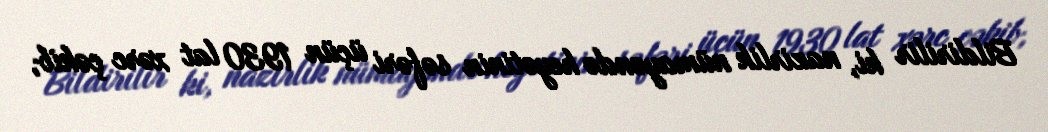
Bildirilir ki, nazirlik nümayəndə heyətinin səfəri üçün 1930 lat xərc çəkib,